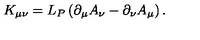
K _ { \mu \nu } = L _ { P } \left( \partial _ { \mu } A _ { \nu } - \partial _ { \nu } A _ { \mu } \right) .